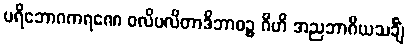
ပရိဘောဂကရဏေ ဝလိပလိတာဒိဘာဝဉ္စ ဂိဟိ အညဘာဂိယသင်္ချံ